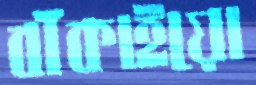
বাঁকাইয়ো